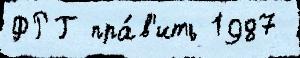
ФРГ пра́в'ить 1987